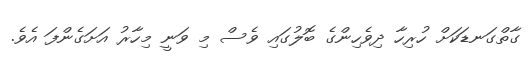
ގާތްގަނޑަކަށް ހުރިހާ ދިވެހިންގެ ބޮލުގައި ވެސް މި ވަނީ މިހާރު އަށަގެންފަ އެވެ.